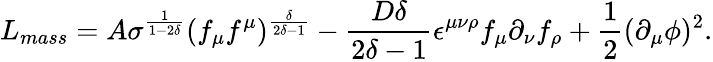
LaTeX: L_{mass}=A\sigma^{\frac{1}{1-2\delta}}(f_{\mu}f^{\mu})^{\frac{\delta}{2\delta-1}}-\frac{D\delta}{2\delta-1}\epsilon^{\mu\nu\rho}f_{\mu}\partial_{\nu}f_{\rho}+\frac{1}{2}(\partial_{\mu}\phi)^{2}.